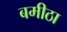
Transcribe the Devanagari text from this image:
बमीठा